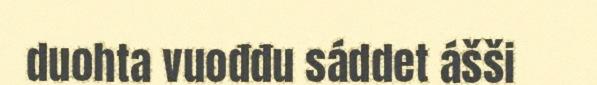
duohta vuođđu sáddet ášši